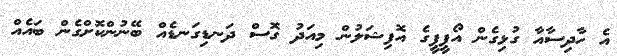
އެ ހާދިސާއާ ގުޅިގެން އޯޕީޕީގެ އޮފިޝަލުން މިއަދު ގޮސް ދަނޑިގަނޑެއް ބޭނުންކޮށްގެން ބައެއް